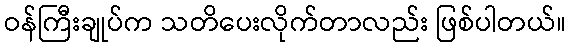
ဝန်ကြီးချုပ်က သတိပေးလိုက်တာလည်း ဖြစ်ပါတယ်။